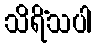
သိရိံသပါ